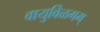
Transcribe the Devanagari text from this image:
वायुविळगम्